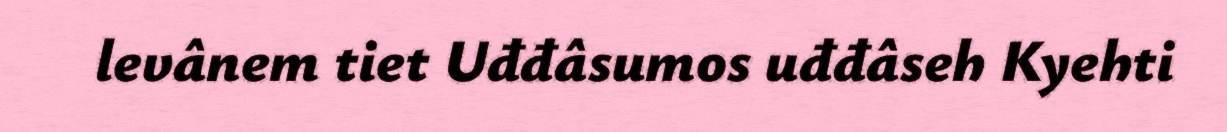
levânem tiet Uđđâsumos uđđâseh Kyehti